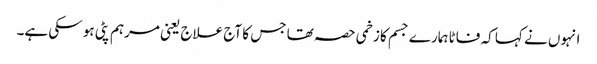
انہوں نے کہا کہ فاٹا ہمارے جسم کا زخمی حصہ تھا جس کا آج علاج یعنی مرہم پٹی ہو سکی ہے۔